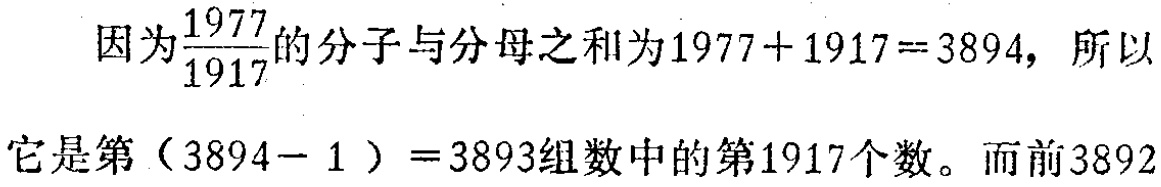
因为$\frac{1977}{1917}$的分子与分母之和为$1977 + 1917 = 3894$，所以它是第$(3894 - 1)=3893$组数中的第$1917$个数。而前$3892$